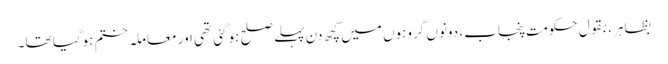
بظاہر، بقول حکومتِ پنجاب، دونوں گروہوں میں کچھ دن پہلے صلح ہوگئی تھی اور معاملہ ختم ہوگیا تھا۔